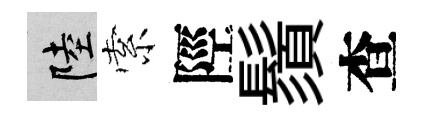
陸索陘鬚查